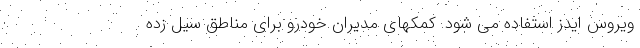
ویروس ایدز استفاده می شود. کمکهای مدیران خودرو برای مناطق سیل زده